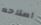
اصلاحه